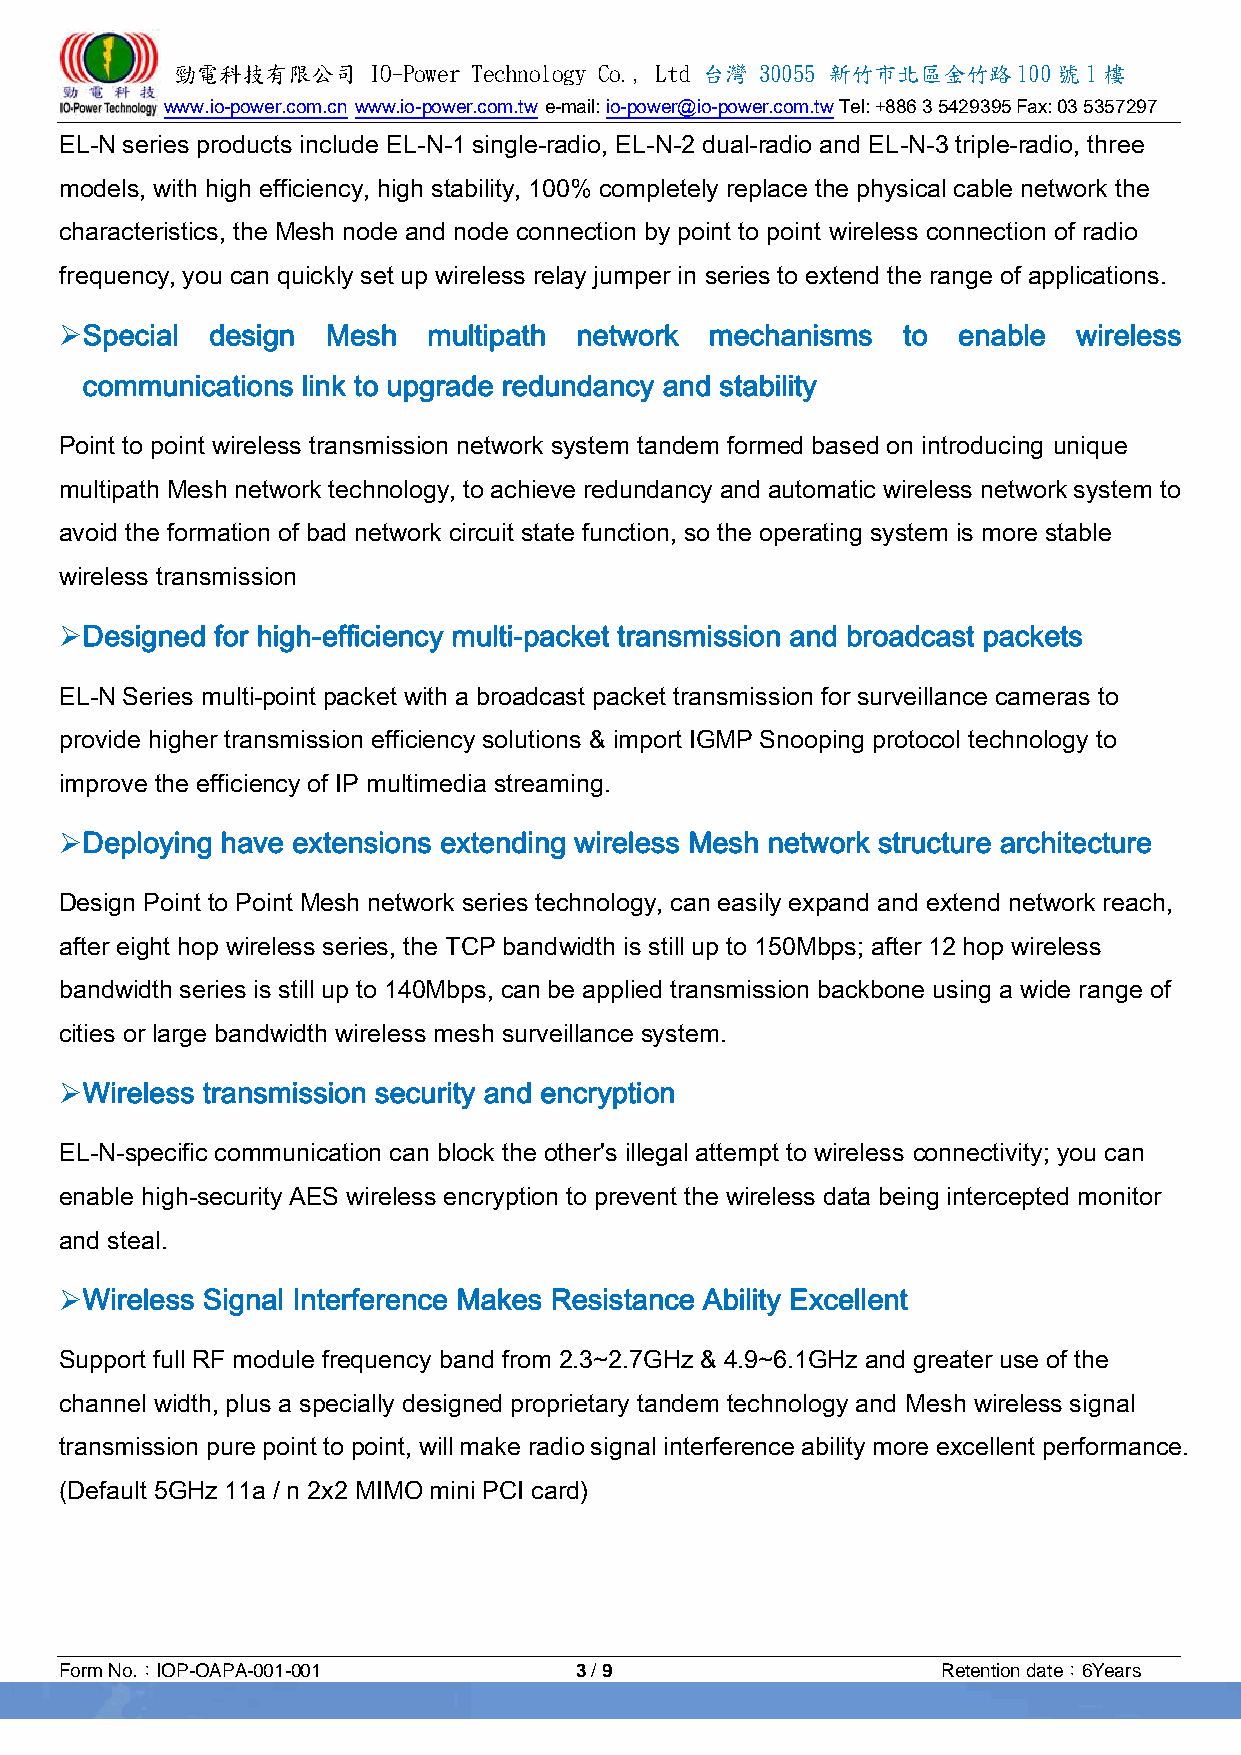
勁電科技有限公司    IO-Power Technology Co., Ltd 台灣 30055 新竹市北區金竹路100號1樓
 www.io-power.com.cn www.io-power.com.tw e-mail: io-power@io-power.com.tw Tel: +886 3 5429395 Fax: 03 5357297
 EL-N series products include EL-N-1 single-radio, EL-N-2 dual-radio and EL-N-3 triple-radio, three
 models, with high efficiency, high stability, 100% completely replace the physical cable network the
 characteristics, the Mesh node and node connection by point to point wireless connection of radio
 frequency, you can quickly set up wireless relay jumper in series to extend the range of applications.
  Special design  Mesh  multipath network  mechanisms   to enable  wireless
 communications link to upgrade redundancy and stability
 Point to point wireless transmission network system tandem formed based on introducing unique
 multipath Mesh network technology, to achieve redundancy and automatic wireless network system to
 avoid the formation of bad network circuit state function, so the operating system is more stable
 wireless transmission
  Designed for high-efficiency multi-packet transmission and broadcast packets
 EL-N Series multi-point packet with a broadcast packet transmission for surveillance cameras to
 provide higher transmission efficiency solutions & import IGMP Snooping protocol technology to
 improve the efficiency of IP multimedia streaming.
  Deploying have extensions extending wireless Mesh network structure architecture
 Design Point to Point Mesh network series technology, can easily expand and extend network reach,
 after eight hop wireless series, the TCP bandwidth is still up to 150Mbps; after 12 hop wireless
 bandwidth series is still up to 140Mbps, can be applied transmission backbone using a wide range of
 cities or large bandwidth wireless mesh surveillance system.
  Wireless transmission security and encryption
 EL-N-specific communication can block the other's illegal attempt to wireless connectivity; you can
 enable high-security AES wireless encryption to prevent the wireless data being intercepted monitor
 and steal.
  Wireless Signal Interference Makes Resistance Ability Excellent
 Support full RF module frequency band from 2.3~2.7GHz & 4.9~6.1GHz and greater use of the
 channel width, plus a specially designed proprietary tandem technology and Mesh wireless signal
 transmission pure point to point, will make radio signal interference ability more excellent performance.
 (Default 5GHz 11a / n 2x2 MIMO mini PCI card)
 Form No.：IOP-OAPA-001-001         3 / 9                   Retention date：6Years